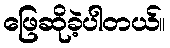
ဖြေဆိုခဲ့ပါတယ်။